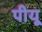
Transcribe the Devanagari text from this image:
पीयू